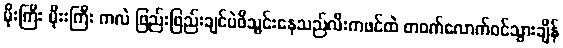
မိုးကြီး မိုးးကြီး ကလဲ ဖြည်းဖြည်းချင်ပဲဖိသွင်းနေသည်လီးကဖင်ထဲ တဝက်လောက်ဝင်သွားချိန်